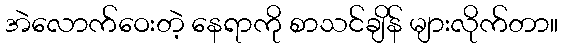
အဲလောက်ဝေးတဲ့ နေရာကို စာသင်ချိန် များလိုက်တာ။